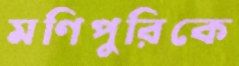
মণিপুরিকে